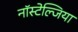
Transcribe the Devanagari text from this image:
नॉस्टेल्जिया